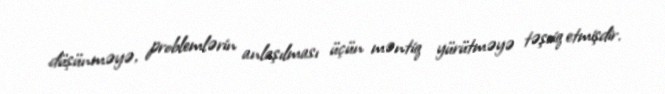
düşünməyə, problemlərin anlaşılması üçün məntiq yürütməyə təşviq etmişdir.